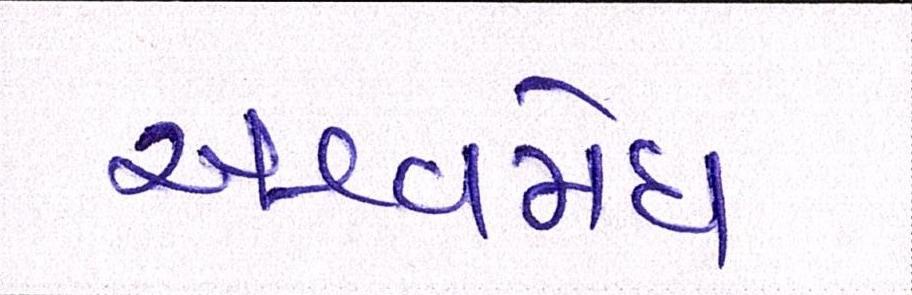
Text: અશ્વમેઘ